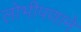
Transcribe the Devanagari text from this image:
लोभीपणाने